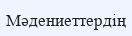
Мәдениеттердің